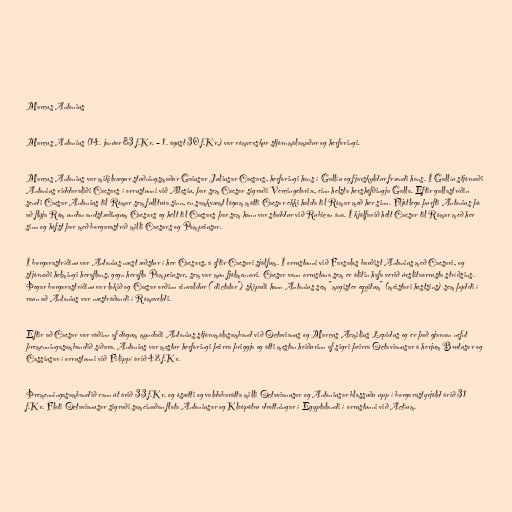
Marcus Antonius

Marcus Antonius (14. janúar 83 f.Kr. – 1. ágúst 30 f.Kr.) var rómverskur stjórnmálamaður og herforingi.

Marcus Antonius var mikilvægur stuðningsmaður Gaiusar Juliusar Caesars, herforingi hans í Gallíu og fjarskyldur frændi hans. Í Gallíu stjórnaði
Antonius riddaraliði Caesars í orrustunni við Alesiu, þar sem Caesar sigraði Vercingetorix, einn helsta hershöfðingja Galla. Eftir gallastríðin
sendi Caesar Antonius til Rómar sem fulltrúa sinn, en samkvæmt lögum mátti Caesar ekki halda til Rómar með her sinn. Fljótlega þurfti Antonius þó
að flýja Róm undan andstæðingum Caesars og hélt til Caesars þar sem hann var staddur við Rubicon ána. Í kjölfarið hélt Caesar til Rómar með her
sinn og hófst þar með borgarastríð milli Caesars og Pompeiusar.

Í borgarastríðinu var Antonius næst æðstur í her Caesars, á eftir Caesari sjálfum. Í orrustunni við Farsalos barðist Antonius með Caesari, og
stjórnaði helmingi heraflans, gegn herafla Pompeiusar, sem var mun fjölmennari. Caesar vann orrustuna sem er álitin hafa verið úrslitaorrusta stríðsins.
Þegar borgarastríðinu var lokið og Caesar orðinn einvaldur ("dictator") skipaði hann Antonius sem "magister equitum" (meistari hestsins) sem þýddi í
raun að Antonius var næstráðandi í Rómaveldi.

Eftir að Caesar var ráðinn af dögum myndaði Antonius stjórnmálasamband við Octavianus og Marcus Aemilius Lepidus og er það gjarnan nefnt
þremenningasambandið síðara. Antonius var mestur herforingi þeirra þriggja og átti mestan heiðurinn af sigri þeirra Octavianusar á herjum Brutusar og
Cassiusar í orrustunni við Filippí árið 42 f.Kr.

Þremenningasambandið rann út árið 33 f.Kr. og ósætti og valdabarátta milli Octavianusar og Antoniusar blossuðu upp í borgarastyrjöld árið 31
f.Kr. Floti Octavianusar sigraði sameinaðan flota Antoniusar og Kleópötru drottningar í Egyptalandi í orrustunni við Actíum.